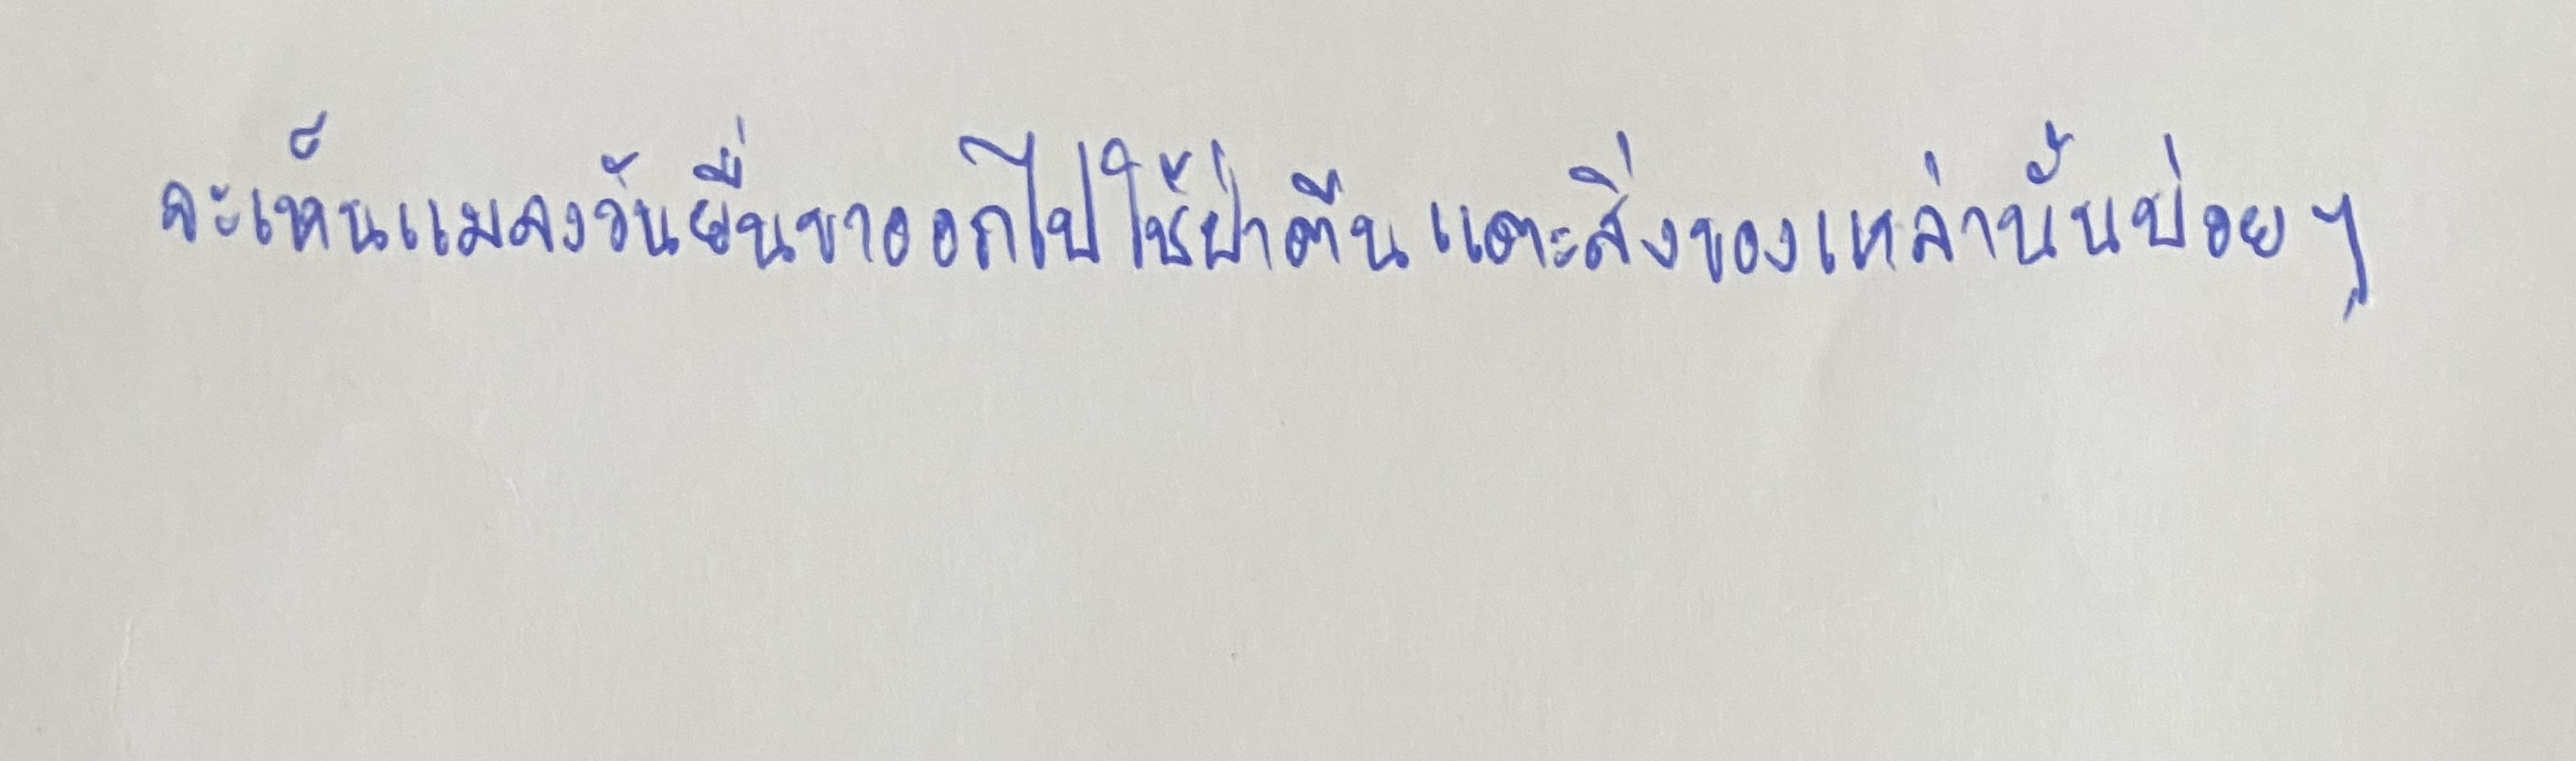
จะเห็นแมลงวันยื่นขาออกไปใช้ฝ่าตีนแตะสิ่งของเหล่านั้นบ่อยๆ